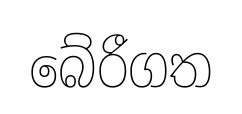
බේරීගත